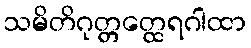
သမိတိဂုတ္တတ္ထေရဂါထာ